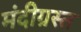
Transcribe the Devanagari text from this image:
मंदीग्रस्त